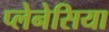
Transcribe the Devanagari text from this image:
प्लेनेसिया